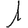
Digit: 1